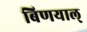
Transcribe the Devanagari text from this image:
बिणयाल्